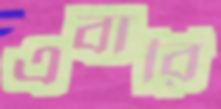
এবারি